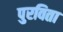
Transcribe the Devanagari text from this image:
पुरविता